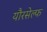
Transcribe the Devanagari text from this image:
यौरसेल्फ